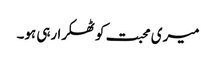
میری محبت کو ٹھکرا رہی ہو۔